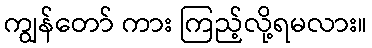
ကျွန်တော် ကား ကြည့်လို့ရမလား။